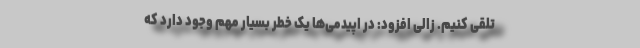
تلقی کنیم. زالی افزود: در اپیدمی‌ها یک خطر بسیار مهم وجود دارد که